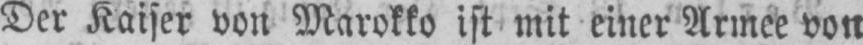
Der Kaiser von Marokko ist mit einer Armee von